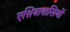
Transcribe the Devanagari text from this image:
एशियावासियों